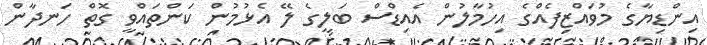
އިންޑިޔާގެ މުވައްޒިފެއްގެ އިހުމާލުން އެއިޑްސް ބަލީގެ ލޭ އެޅުމުން ކަންތައްވީ ގޮތް ހަނދާން